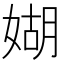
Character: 媩